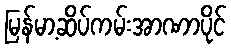
မြန်မာ့ဆိပ်ကမ်းအာဏာပိုင်